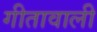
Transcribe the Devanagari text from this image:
गीतावाली